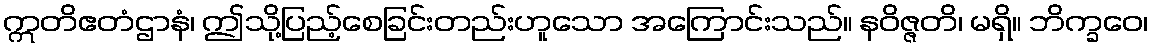
ဣတိဧတံဌာနံ၊ ဤသို့ပြည့်စေခြင်းတည်းဟူသော အကြောင်းသည်။ နဝိဇ္ဇတိ၊ မရှိ။ ဘိက္ခဝေ၊